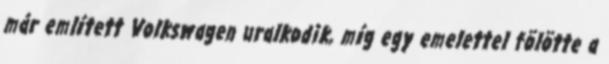
már említett Volkswagen uralkodik, míg egy emelettel fölötte a